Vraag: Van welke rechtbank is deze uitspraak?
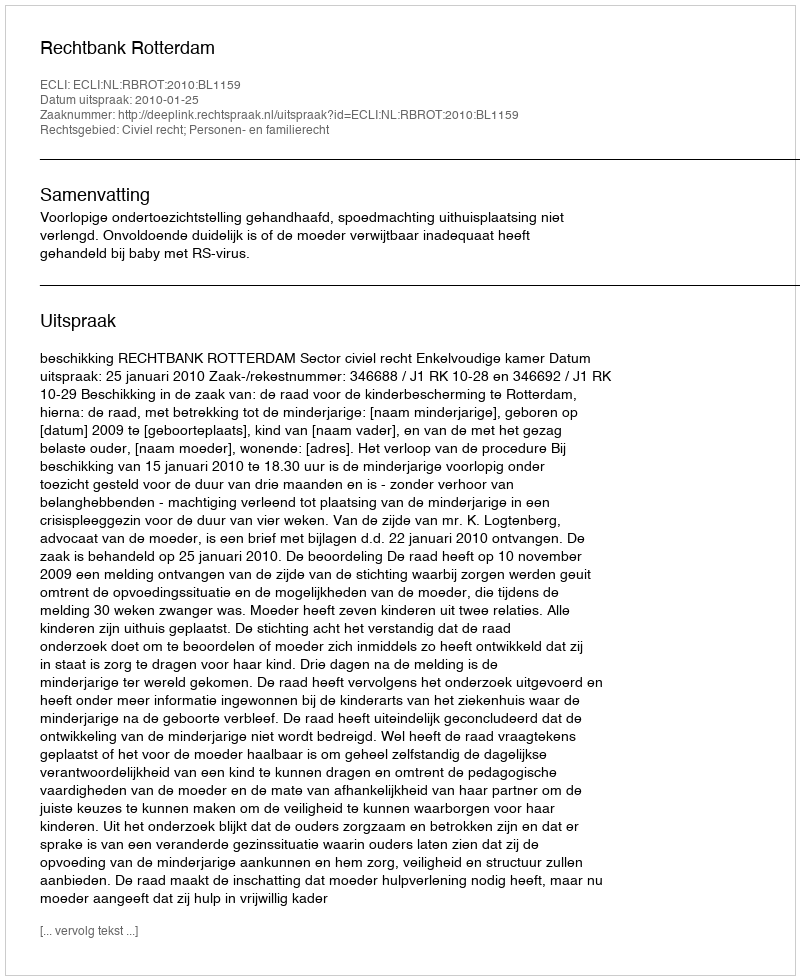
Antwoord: Rechtbank Rotterdam